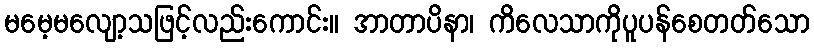
မမေ့မလျော့သဖြင့်လည်းကောင်း။ အာတာပိနာ၊ ကိလေသာကိုပူပန်စေတတ်သော